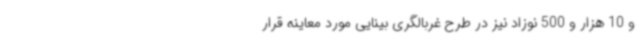
و 10 هزار و 500 نوزاد نیز در طرح غربالگری بینایی مورد معاینه قرار